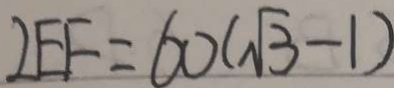
\angle E F = 6 0 ( \sqrt { 3 } - 1 )